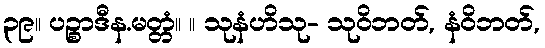
၃၉။ ပဉ္စာဒီန.မတ္တံ။ ။ သုနံဟိသု- သုဝိဘတ်, နံဝိဘတ်,